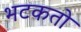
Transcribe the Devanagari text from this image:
भटकतो